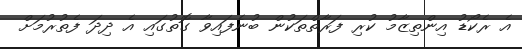
އެ ރެކޯޑު އިންތިޒާމު ކުރި ފަރާތްތަކުން ބުނެފައިވާ ގޮތުގައި އެ ދިދަ ފެތުރުމަށް